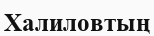
Халиловтың